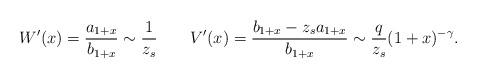
LaTeX: \begin{align*} W'(x) = \frac{a_{1+x}}{b_{1+x}} \sim \frac{1}{z_s} \qquad V'(x) = \frac{b_{1+x} - z_s a_{1+x}}{b_{1+x}} \sim \frac{q}{z_s} (1+x)^{-\gamma} . \end{align*}